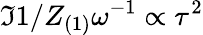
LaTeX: \Im{1/Z_{(1)}}\omega^{-1}\propto\tau^{2}